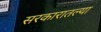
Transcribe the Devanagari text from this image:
सरकारातल्या